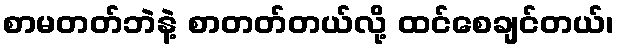
စာမတတ်ဘဲနဲ့ စာတတ်တယ်လို့ ထင်စေချင်တယ်၊